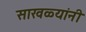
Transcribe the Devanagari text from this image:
साखळ्यांनी